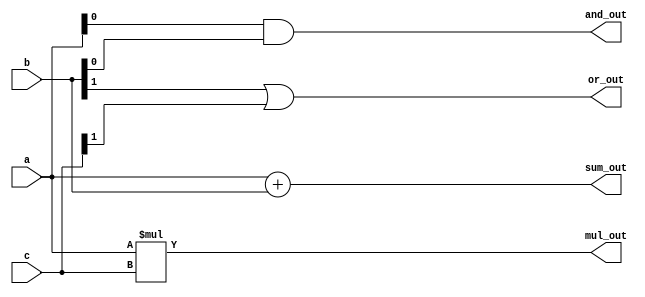
module overlapping_groups (
    input wire [3:0] a,         // Input group 1
    input wire [3:0] b,         // Input group 2
    input wire [3:0] c,         // Input group 3
    output wire [4:0] sum_out,  // Output from addition group
    output wire [7:0] mul_out,   // Output from multiplication group
    output wire and_out,        // Output from AND gate group
    output wire or_out          // Output from OR gate group
);

// Group 1: Addition
wire [4:0] add_result;
assign add_result = a + b; // Overlapping inputs from group 1 and 2
assign sum_out = add_result;

// Group 2: Multiplication
wire [7:0] mul_result;
assign mul_result = a * c; // Overlapping inputs from group 1 and 3
assign mul_out = mul_result;

// Group 3: Logic Gates
wire and_result, or_result;
assign and_result = a[0] & b[0]; // AND operation on overlapping bits
assign or_result = b[1] | c[1];   // OR operation on overlapping bits
assign and_out = and_result;
assign or_out = or_result;

endmodule